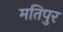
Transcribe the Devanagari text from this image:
मतिपुर